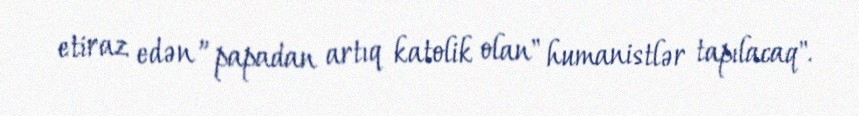
etiraz edən ”papadan artıq katolik olan" humanistlər tapılacaq".